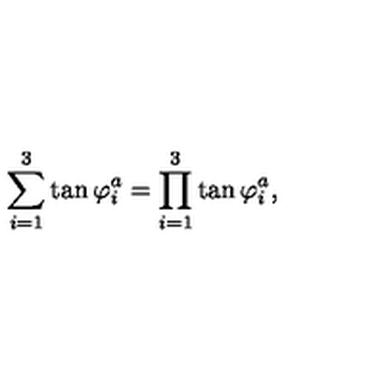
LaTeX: \sum _ { i = 1 } ^ { 3 } \tan \varphi _ { i } ^ { a } = \prod _ { i = 1 } ^ { 3 } \tan \varphi _ { i } ^ { a } ,